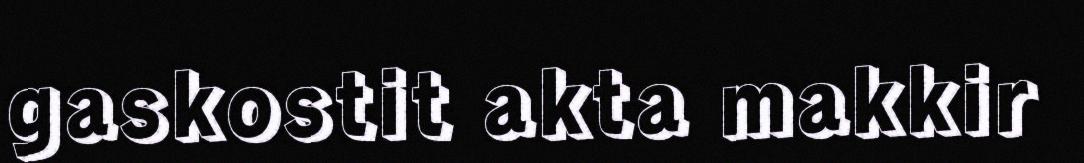
gaskostit akta makkir